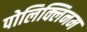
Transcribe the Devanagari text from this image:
पोलिक्लिनम